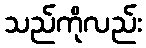
သည်ကိုလည်း